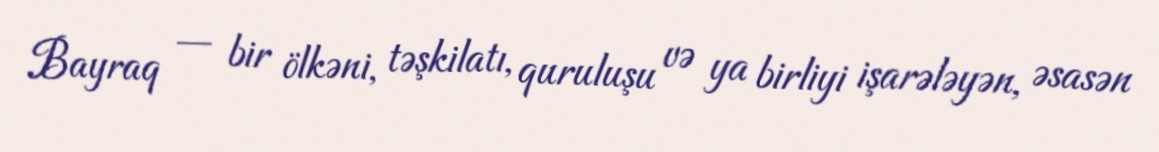
Bayraq — bir ölkəni, təşkilatı, quruluşu və ya birliyi işarələyən, əsasən